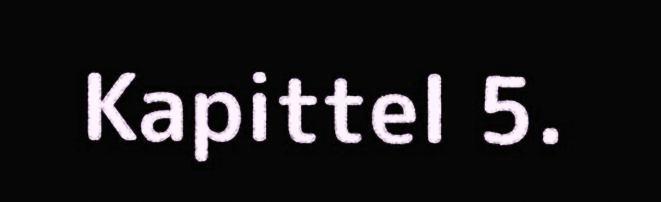
Kapittel 5.